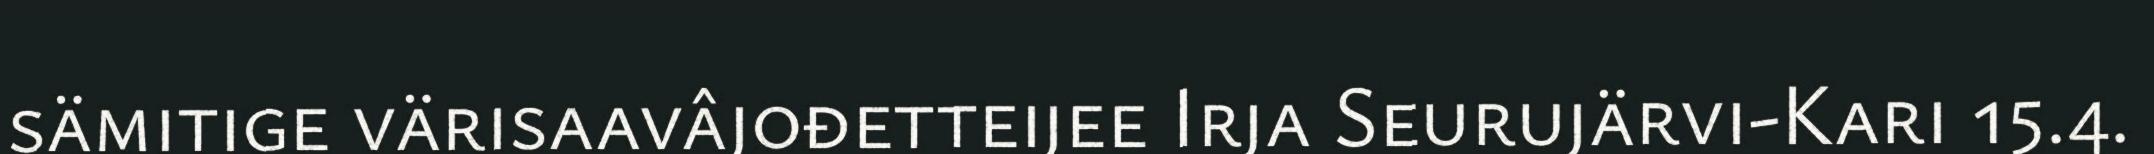
sämitige värisaavâjođetteijee Irja Seurujärvi-Kari 15.4.